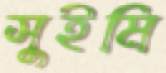
সুইমি